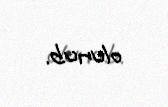
olunub.